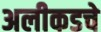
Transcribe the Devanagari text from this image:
अलीकडचे